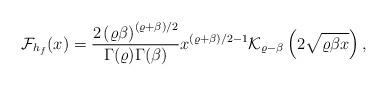
LaTeX: \begin{align*}\mathcal{F}_{h_{f}}(x)=\frac{2\left(\varrho \beta \right)^{\left(\varrho+\beta\right)/2}}{\Gamma(\varrho)\Gamma(\beta)}{x}^{\left(\varrho+\beta\right)/2-1} \mathcal{K}_{\varrho-\beta}\left(2\sqrt{\varrho\beta x}\right),\end{align*}